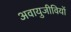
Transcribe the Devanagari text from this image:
अवायुजीवियों